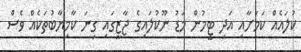
ކުލައެއް ކަމަށާއި އަދި ޓީމުން މަޑު ނޫކުލައިގެ ޖާޒީގައި ގިނަ ކާމިޔާބުތަކެއް ވެސް